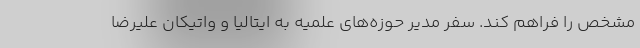
مشخص را فراهم کند. سفر مدیر حوزه‌های علمیه به ایتالیا و واتیکان علیرضا